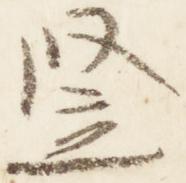
竪